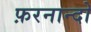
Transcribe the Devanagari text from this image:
फ़रनान्दो